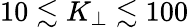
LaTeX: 10\lesssim K_{\perp}\lesssim 100